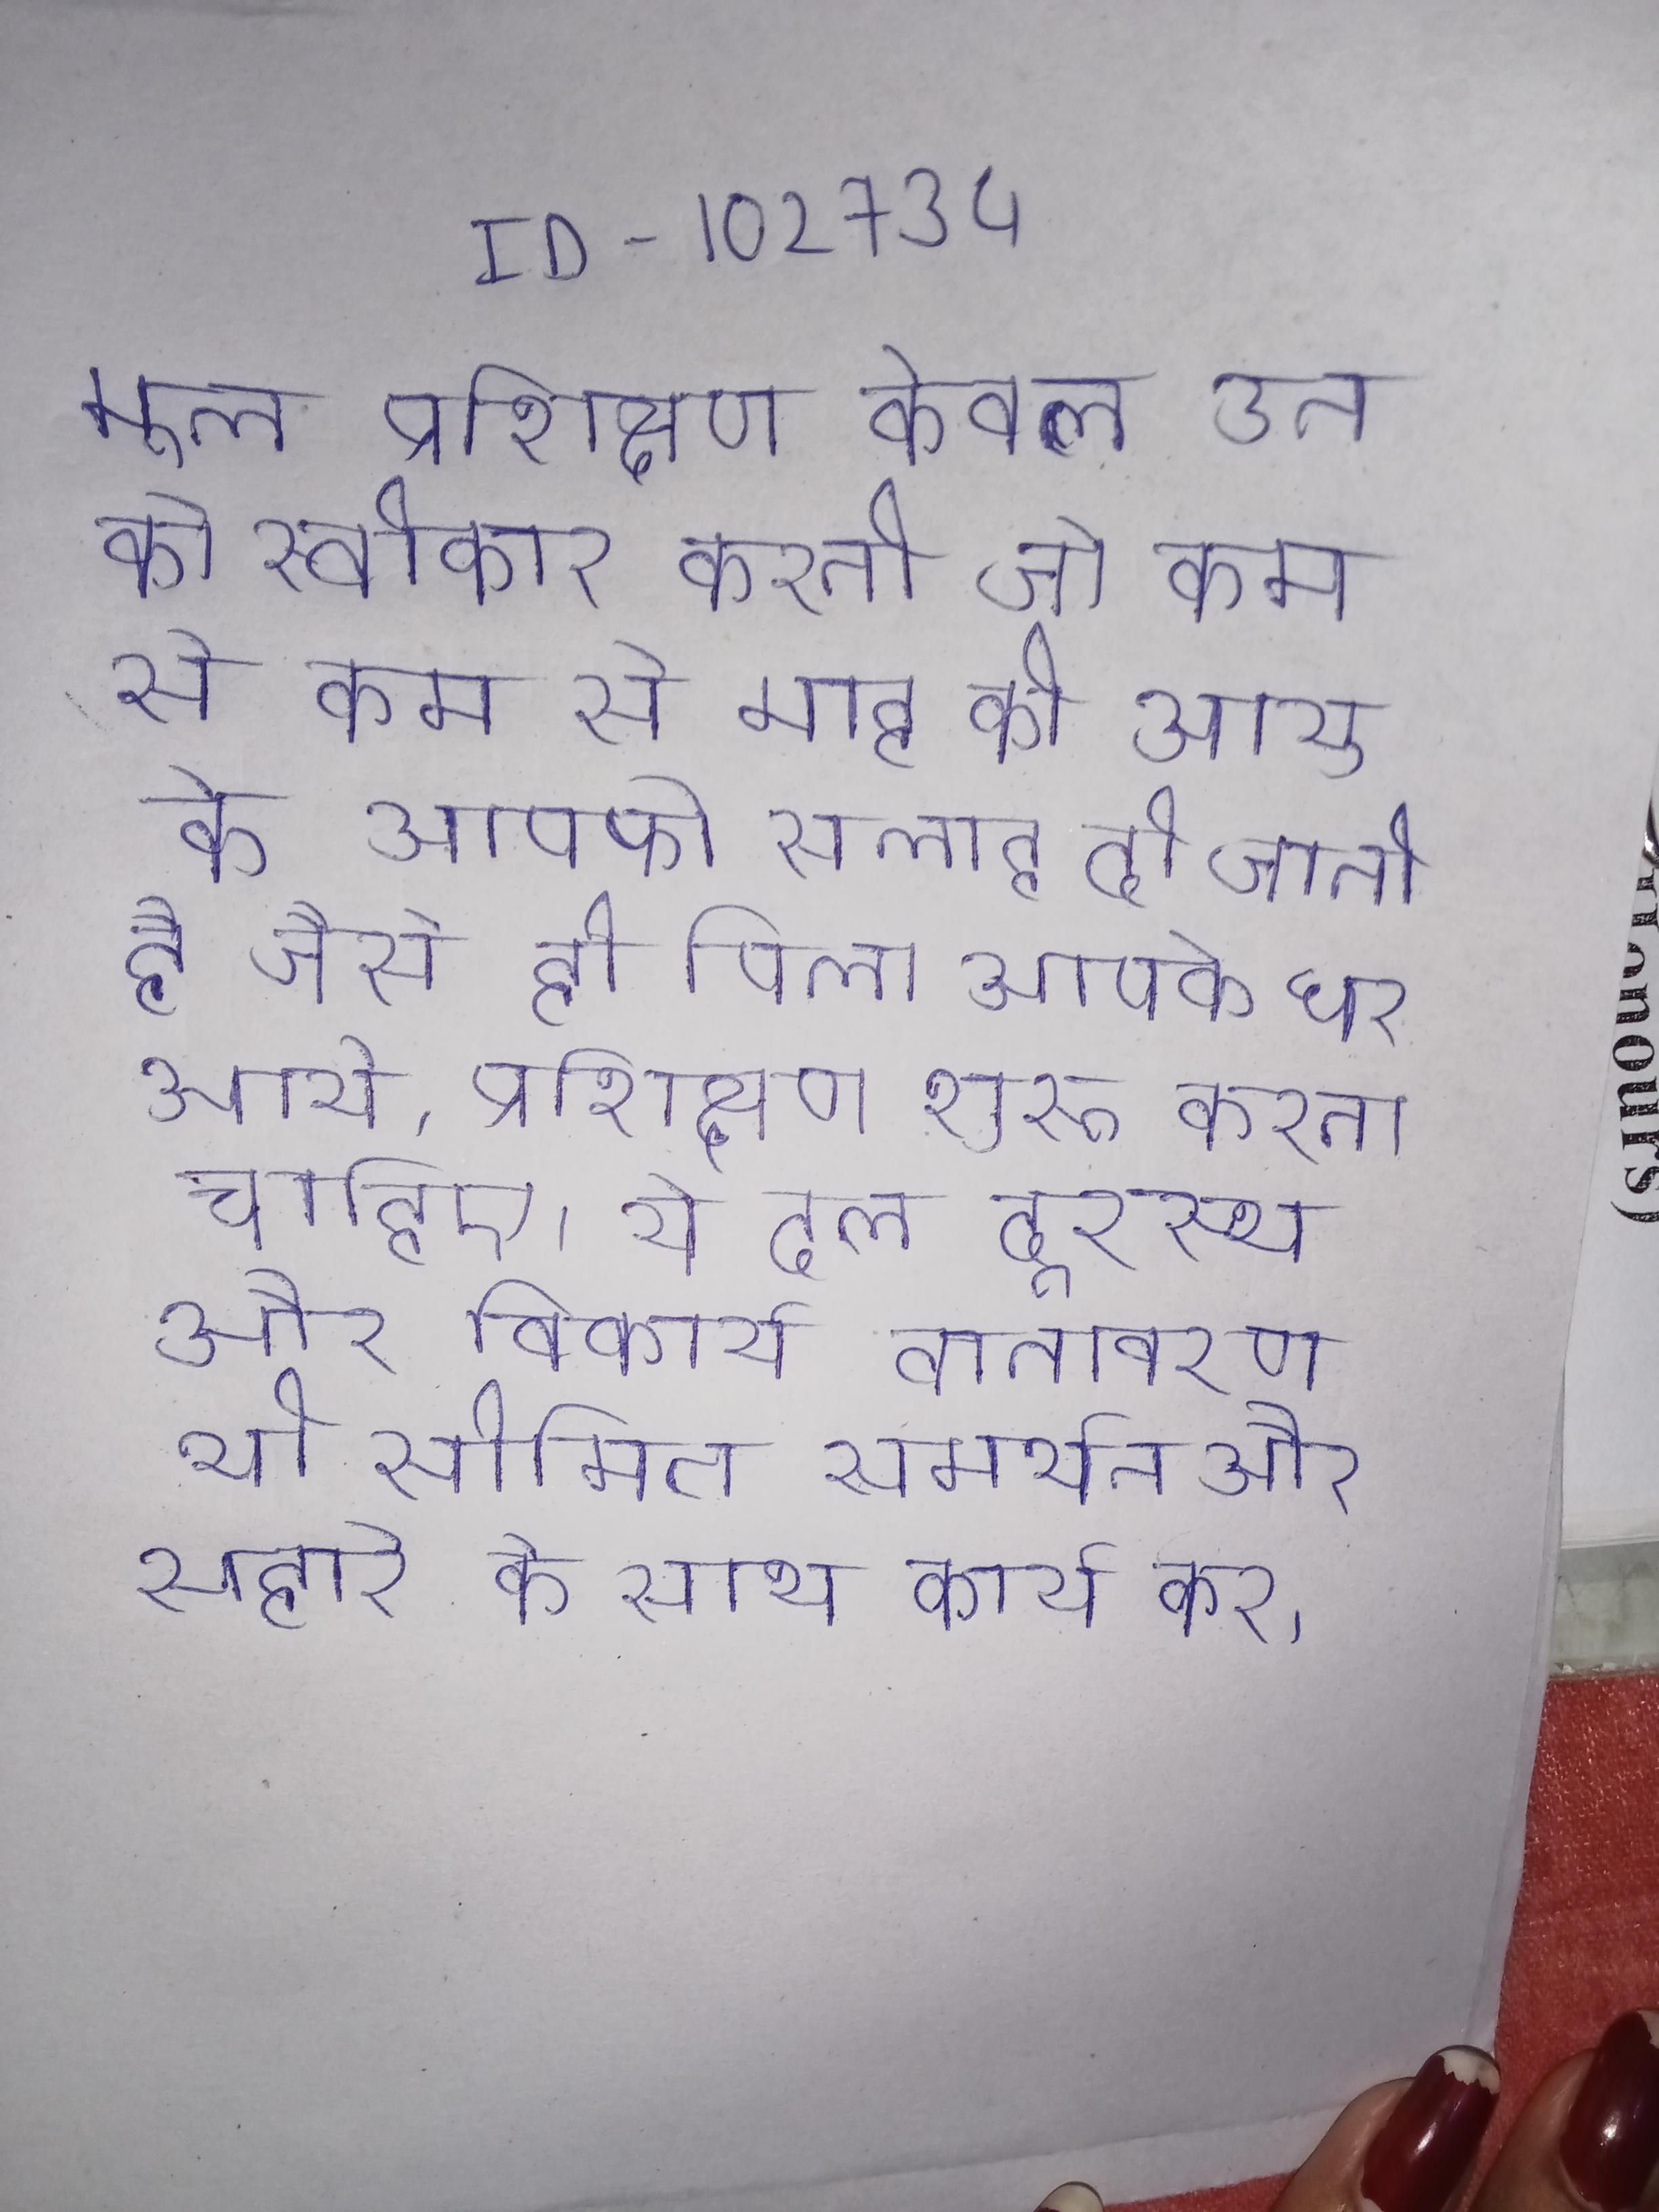
मूल प्रशिक्षण केवल उन को स्वीकार करती जो कम से कम से माह की आयु के आपको सलाह दी जाती है जैसे ही पिला आपके घर आये, प्रशिक्षण शुरू करना चाहिए . ये दल दूरस्थ और विकार्य वातावरण भी सीमित समर्थन और सहारे के साथ कार्य कर .